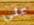
على